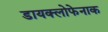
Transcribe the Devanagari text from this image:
डायक्लोफेनाक